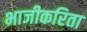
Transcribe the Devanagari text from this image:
भाजीकरिता